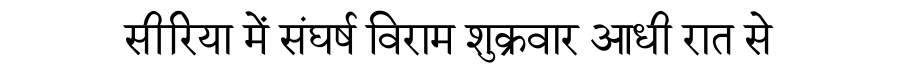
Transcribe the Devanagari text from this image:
सीरिया में संघर्ष विराम शुक्रवार आधी रात से